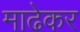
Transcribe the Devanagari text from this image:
माढेकर